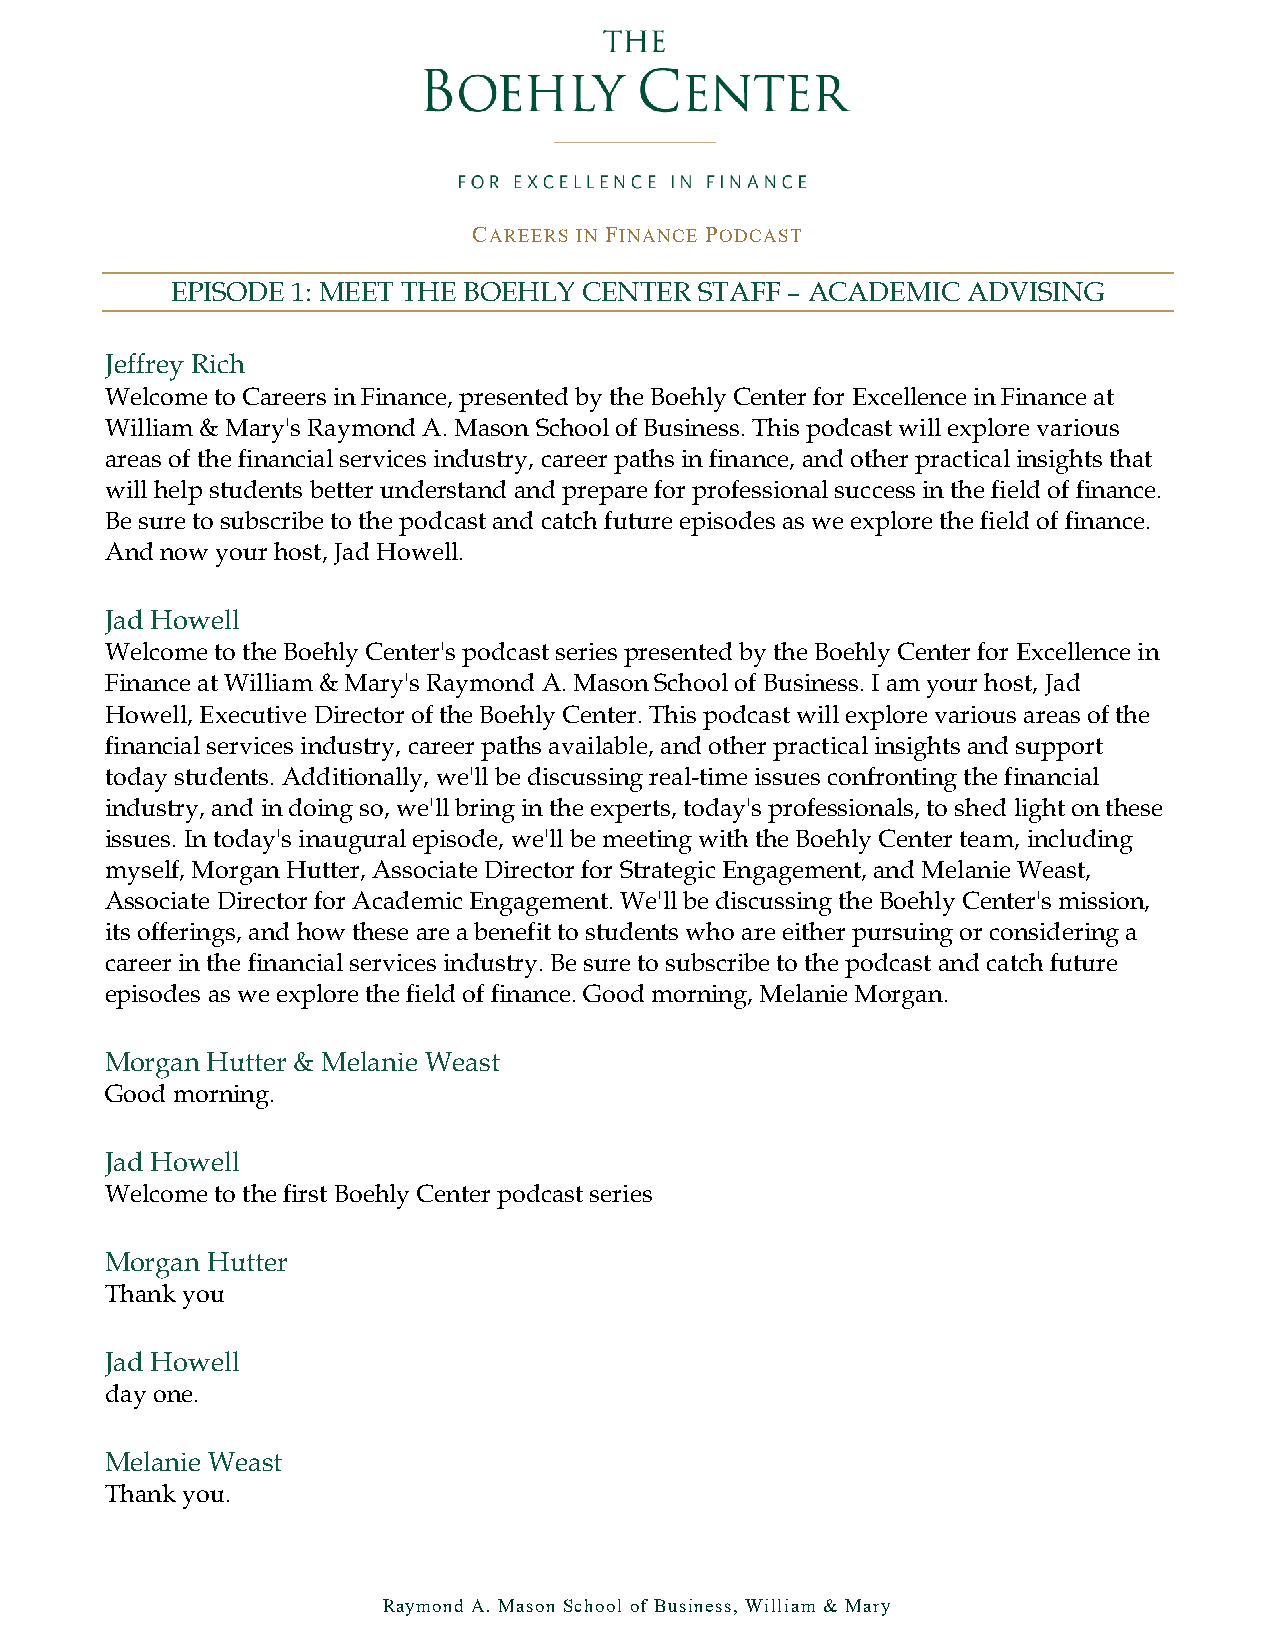
CAREERS IN FINANCE PODCAST
 EPISODE 1: MEET THE BOEHLY  CENTER STAFF – ACADEMIC  ADVISING
 Jeffrey Rich
 Welcome to Careers in Finance, presented by the Boehly Center for Excellence in Finance at
 William & Mary's Raymond A. Mason School of Business. This podcast will explore various
 areas of the financial services industry, career paths in finance, and other practical insights that
 will help students better understand and prepare for professional success in the field of finance.
 Be sure to subscribe to the podcast and catch future episodes as we explore the field of finance.
 And now your host, Jad Howell.
 Jad Howell
 Welcome to the Boehly Center's podcast series presented by the Boehly Center for Excellence in
 Finance at William & Mary's Raymond A. Mason School of Business. I am your host, Jad
 Howell, Executive Director of the Boehly Center. This podcast will explore various areas of the
 financial services industry, career paths available, and other practical insights and support
 today students. Additionally, we'll be discussing real-time issues confronting the financial
 industry, and in doing so, we'll bring in the experts, today's professionals, to shed light on these
 issues. In today's inaugural episode, we'll be meeting with the Boehly Center team, including
 myself, Morgan Hutter, Associate Director for Strategic Engagement, and Melanie Weast,
 Associate Director for Academic Engagement. We'll be discussing the Boehly Center's mission,
 its offerings, and how these are a benefit to students who are either pursuing or considering a
 career in the financial services industry. Be sure to subscribe to the podcast and catch future
 episodes as we explore the field of finance. Good morning, Melanie Morgan.
 Morgan Hutter & Melanie Weast
 Good morning.
 Jad Howell
 Welcome to the first Boehly Center podcast series
 Morgan Hutter
 Thank you
 Jad Howell
 day one.
 Melanie Weast
 Thank you.
 Raymond A. Mason School of Business, William & Mary